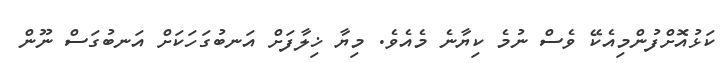
ކަޅުއޮށްފުންމިއެކޭ ވެސް ނުމެ ކިޔާނެ މެއެވެ. މިޔާ ޚިލާފަށް އަނބުގަހަކަށް އަނބުގަސް ނޫން